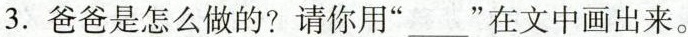
3. 爸爸是怎么做的? 请你用“___”在文中画出来。